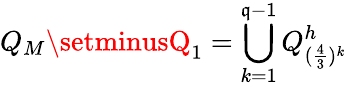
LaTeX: Q_{M}\setminusQ_{1}=\bigcup_{k=1}^{\mathfrak{q}-1}Q_{(\frac{{4}}{{3}})^{k}}^{h}